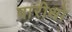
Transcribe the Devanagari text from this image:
वारीथो